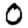
Digit: 0